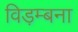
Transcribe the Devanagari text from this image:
विड़म्बना